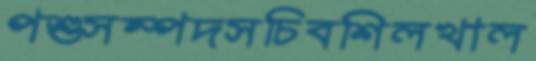
পশুসম্পদসচিবশিলখাল